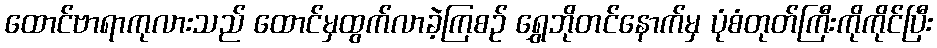
ထောင်ဗာရာကုလားသည် ထောင်မှထွက်လာခဲ့ကြစဉ် ရွှေဘိုတင်နောက်မှ ပုံစံတုတ်ကြီးကိုကိုင်ပြီး